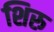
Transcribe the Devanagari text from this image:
शिरु